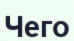
Чего